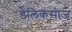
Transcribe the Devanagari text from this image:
डेलिकसीज